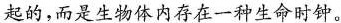
起的，而是生物体内存在一种生命时钟。